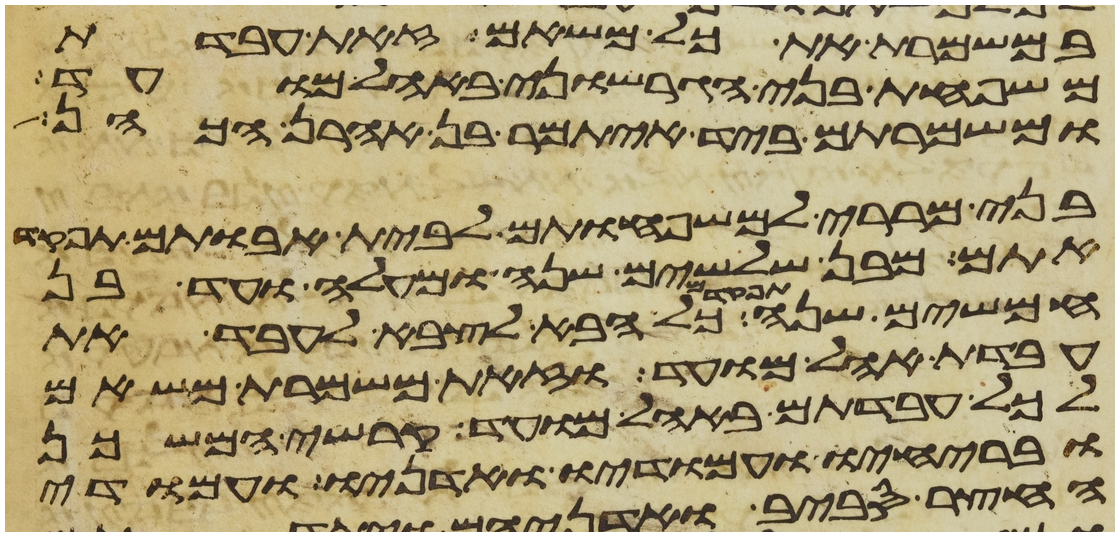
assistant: במשמרת את כל משאם זאת עבדת
משפחת בני הגרשוני באהל מועד
ומשמרתם ביד איתמר בן אהרן הכהן
בני מררי למשפחותם לבית אבותם תפקד
אתם מבן שלשים שנה ומעלה ועד בן
חמשים שנה כל הבא לצבא לעבדה
עבדת אהל מועד וזאת משמרת משאם
לכל עבדתם באהל מועד קרשי המשכן
ובריחיו ועמודיו ואדניו ועמודי